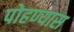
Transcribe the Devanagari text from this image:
पोहण्यास